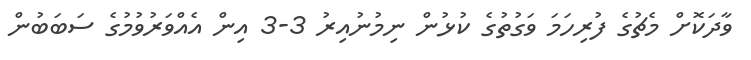
ވާދަކޮށް މެޗުގެ ފުރިހަމަ ވަގުތުގެ ކުޅުން ނިމުނުއިރު 3-3 އިން އެއްވަރުވުމުގެ ސަބަބުން